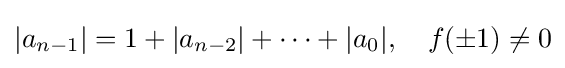
|a_{n-1}|=1+|a_{n-2}|+\cdots +|a_{0}|,\quad f(\pm 1)\neq 0